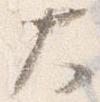
大